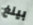
بينغ